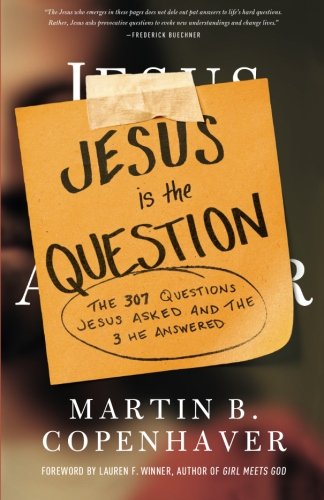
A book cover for Jesus Is the Question: The 307 Questions Jesus Asked and the 3 He Answered; Martin B. Copenhaver; Christian Books & Bibles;